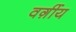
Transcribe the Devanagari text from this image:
वर्ग़ीय